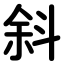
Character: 斜